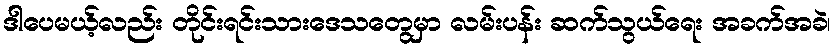
ဒါပေမယ့်လည်း တိုင်းရင်းသားဒေသတွေမှာ လမ်းပန်း ဆက်သွယ်ရေး အခက်အခဲ၊